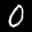
Label: 0